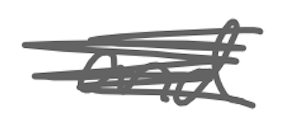
Text: and
Cross-out: scratch
Writing tool: digital_gray